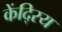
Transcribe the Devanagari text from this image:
केंदि्रय